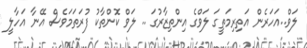
ލަވް..އަހަރެން އަތިރިމަތީގަ ލަވްގެ އިންތިޒާރުގަ .. ލަވް ކޮންތާކު ފުރަތަމަވެސް އޭނާ އަހާލީ